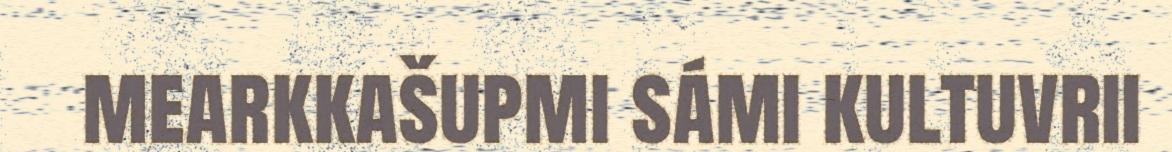
mearkkašupmi sámi kultuvrii